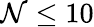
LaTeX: \mathcal{N}\leq10